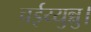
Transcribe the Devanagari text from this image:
चईय्युन्नु।